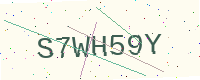
Text: S7WH59Y